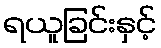
ရယူခြင်းနှင့်